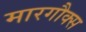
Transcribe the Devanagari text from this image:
मारगौक्स